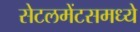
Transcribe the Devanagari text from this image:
सेटलमेंटसमध्ये